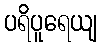
ပရိပူရေယျ